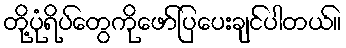
တို့ပုံရိပ်တွေကိုဖော်ပြပေးချင်ပါတယ်။